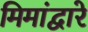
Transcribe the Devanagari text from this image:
मिमांद्वारे